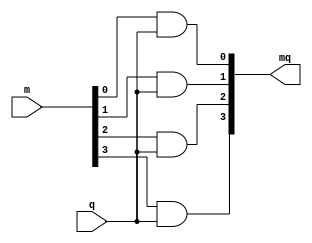
`timescale 1ns / 1ps
//////////////////////////////////////////////////////////////////////////////////
// Company: 
// Engineer: 
// 
// Design Name: 
// Module Name: mq_4bit
// Project Name: 
// Target Devices: 
// Tool Versions: 
// Description: 
// 
// Dependencies: 
// 
// Revision:
// Revision 0.01 - File Created
// Additional Comments:
// 
//////////////////////////////////////////////////////////////////////////////////


module mq_4bit(
    input[3:0] m,
    input q,
    output [4:0] mq
    );
    assign mq[0] = m[0]&q;
    assign mq[1] = m[1]&q;
    assign mq[2] = m[2]&q;
    assign mq[3] = m[3]&q;
endmodule